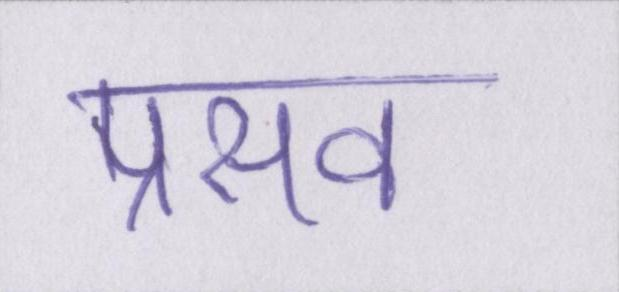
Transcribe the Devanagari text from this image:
प्रसव